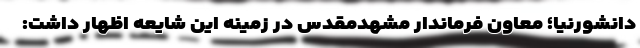
دانشورنیا؛ معاون فرماندار مشهدمقدس در زمینه این شایعه اظهار داشت: